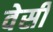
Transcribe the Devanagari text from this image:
वेसी